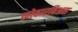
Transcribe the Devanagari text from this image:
कोवारबिअस